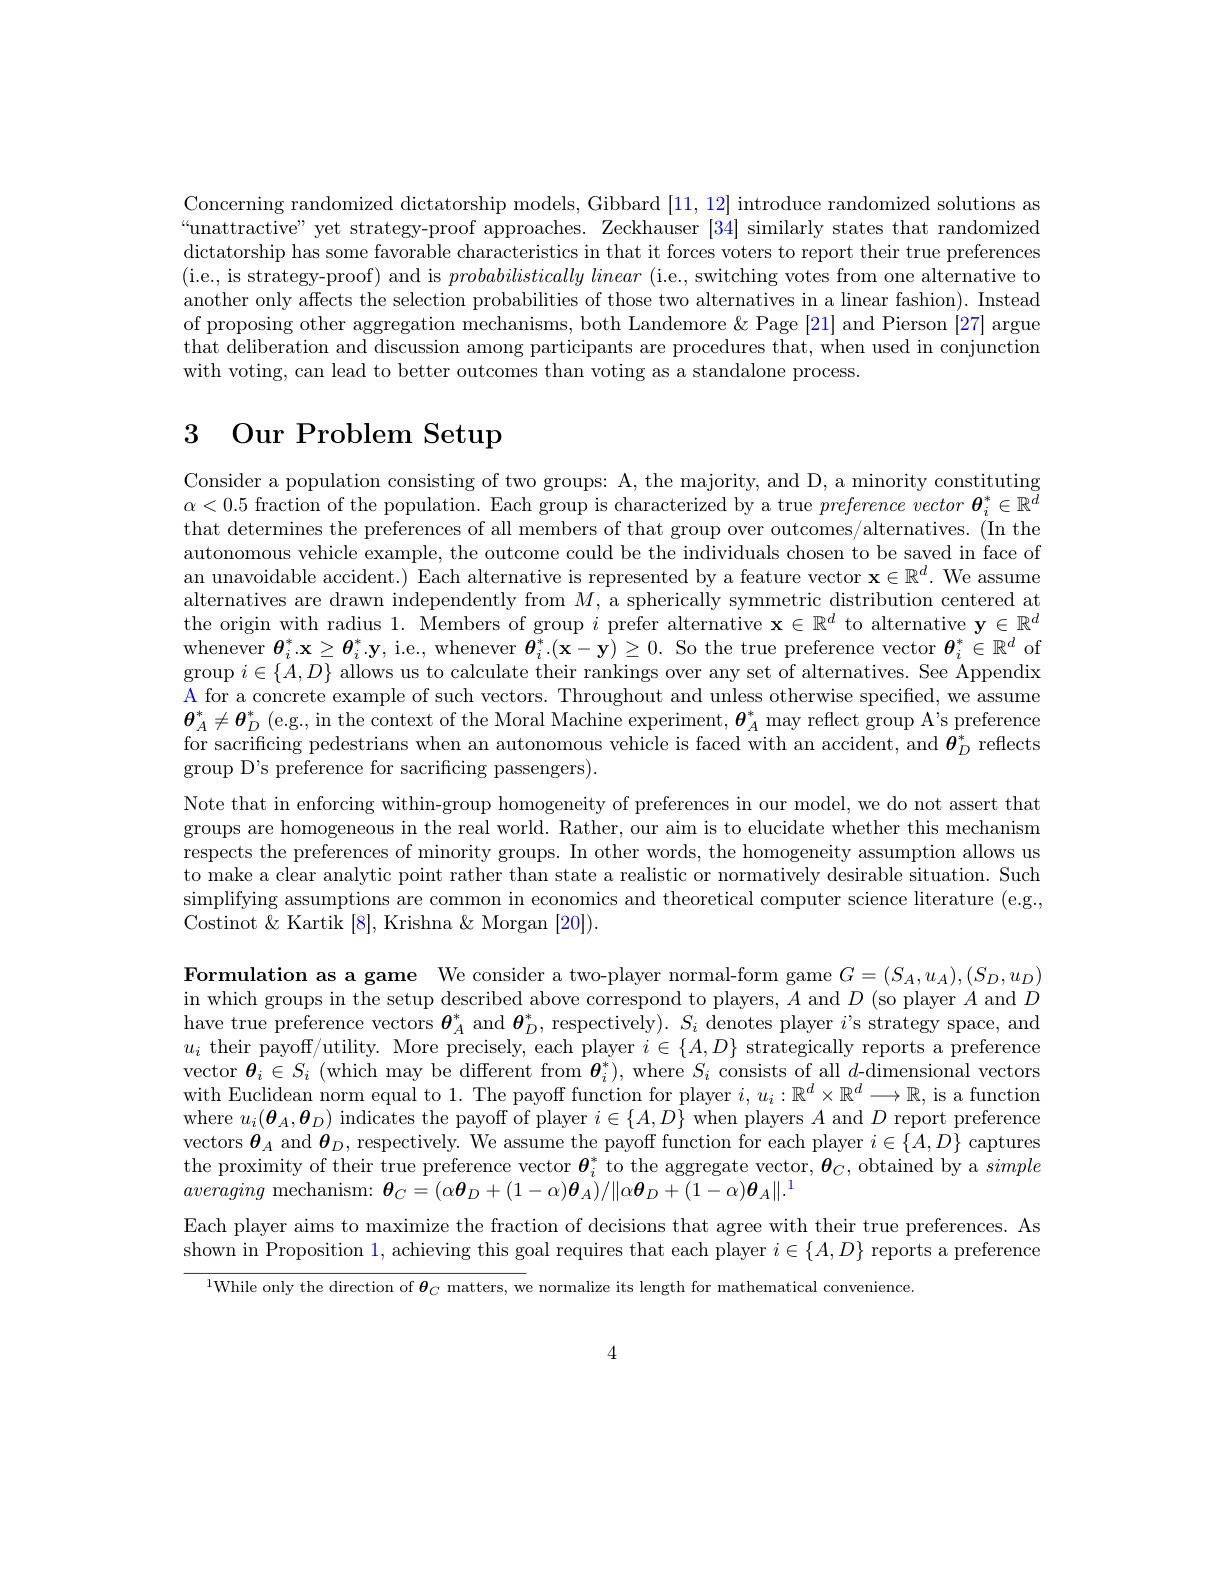
Concerning randomized dictatorship models, Gibbard [11,12] introduce randomized solutions as “unattractive” yet strategy-proof approaches. Zeckhauser [34] similarly states that randomized dictatorship has some favorable characteristics in that it forces voters to report their true preferences (i.e., is strategy-proof) and is $probabilistically\textit{linear ( i. e. , switching votes from one alternative to}$ another only affects the selection probabilities of those two alternatives in a linear fashion). Instead of proposing other aggregation mechanisms, both Landemore & Page [21] and Pierson [27] argue that deliberation and discussion among participants are procedures that, when used in conjunction with voting, can lead to better outcomes than voting as a standalone process.

# 3 Our Problem Setup

Consider a population consisting of two groups: A, the majority, and D, a minority constituting $\alpha<0.5$ fraction of the population. Each group is characterized by a true $preference\textit{ vector }\boldsymbol{\theta }_i^* \in \mathbb{R} ^d$ that determines the preferences of all members of that group over outcomes/alternatives. (In the autonomous vehicle example, the outcome could be the individuals chosen to be saved in face of an unavoidable accident.) Each alternative is represented by a feature vector $\mathbf{x}\in\mathbb{R}^d.$ We assume alternatives are drawn independently from $M$, a spherically symmetric distribution centered at the origin with radius 1. Members of group $i$ prefer alternative $\mathbf{x}\in\mathbb{R}^d$ to alternative $\mathbf{y}\in\mathbb{R}^d$ whenever $\boldsymbol{\theta}_i^*.\mathbf{x}\geq\boldsymbol{\theta}_i^*.\mathbf{y}$, i.e., whenever $\boldsymbol{\theta}_i^*.(\mathbf{x}-\mathbf{y})\geq0.$ So the true preference vector $\boldsymbol{\theta}_i^*\in\mathbb{R}^d$ of $\operatorname*{group}i\in\{A,D\}$ allows us to calculate their rankings over any set of alternatives. See Appendix A for a concrete example of such vectors. Throughout and unless otherwise specified, we assume $\boldsymbol{\theta}_A^*\neq\boldsymbol{\theta}_D^*$ (e.g., in the context of the Moral Machine experiment, $\boldsymbol{\theta}_A^*$ may reflect group A's preference for sacrificing pedestrians when an autonomous vehicle is faced with an accident, and $\boldsymbol{\theta}_D^*$ reflects group D's preference for sacrificing passengers).
Note that in enforcing within-group homogeneity of preferences in our model, we do not assert that groups are homogeneous in the real world. Rather, our aim is to elucidate whether this mechanism respects the preferences of minority groups. In other words, the homogeneity assumption allows us to make a clear analytic point rather than state a realistic or normatively desirable situation. Such simplifying assumptions are common in economics and theoretical computer science literature (e.g., Costinot & Kartik [8], Krishna & Morgan [20]).

$\textbf{Formulation as a game We consider a two- player normal- form game }G= ( S_{A}, u_{A}) , ( S_{D}, u_{D})$ in which groups in the setup described above correspond to players, $A$ and $D$ (so player $A$ and $D$ have true preference vectors $\boldsymbol{\theta}_A^*$ and $\boldsymbol{\theta}_D^*$, respectively). $S_i$ denotes player $i$'s strategy space, and $u_i$ their payoff/utility. More precisely, each player $i\in\{A,D\}$ strategically reports a preference vector $\boldsymbol{\theta}_i\in S_i$ (which may be different from $\boldsymbol{\theta}_i^*)$, where $S_i$ consists of all $d$-dimensional vectors with Euclidean norm equal to 1. The payoff function for player $i,u_i:\mathbb{R}^d\times\mathbb{R}^d\longrightarrow\mathbb{R}$, is a function where $u_i(\boldsymbol{\theta}_A,\boldsymbol{\theta}_D)$ indicates the payoff of player $i\in\{A,D\}$ when players $A$ and $D$ report preference vectors $\boldsymbol{\theta}_A$ and $\boldsymbol{\theta}_D$, respectively. We assume the payoff function for each player $i\in\{A,D\}$ captures the proximity of their true preference vector $\boldsymbol{\theta}_i^*$ to the aggregate vector, $\boldsymbol{\theta}_C$, obtained by a simple averaging mechanism: $\boldsymbol{\theta }_C= ( \alpha \boldsymbol{\theta }_D+ ( 1- \alpha ) \boldsymbol{\theta }_A) / \| \alpha \boldsymbol{\theta }_D+ ( 1- \alpha ) \boldsymbol{\theta }_A\| . ^1$

Each player aims to maximize the fraction of decisions that agree with their true preferences. As shown in Proposition 1, achieving this goal requires that each player $i\in\{A,D\}$ reports a preference

$^{1}$While only the direction of $\boldsymbol\theta_C$ matters, we normalize its length for mathematical convenience

4